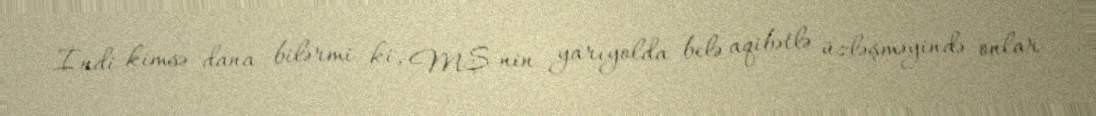
İndi kimsə dana bilərmi ki, MŞ-nin yarıyolda belə aqibətlə üzləşməyində onlar